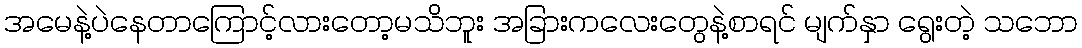
အမေနဲ့ပဲနေတာကြောင့်လားတော့မသိဘူး အခြားကလေးတွေနဲ့စာရင် မျက်နှာ ရွေးတဲ့ သဘော